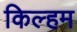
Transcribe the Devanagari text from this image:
किल्हम